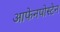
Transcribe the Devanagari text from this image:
आफेनपोस्टेन